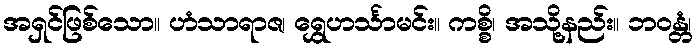
အရှင်ဖြစ်သော။ ဟံသာရာဇ၊ ရွှေဟင်္သာမင်း။ ကစ္စိ၊ အသို့နည်း။ ဘဝန္တံ၊